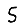
Digit: 5